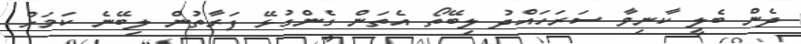
ދެން ބެލީ ކާނިވާ ސަރަހައްދު ލިބޭތޯ އެތަން ގެންގުޅޭ ފަރާތުން ލިބޭނެ ކަމަށް